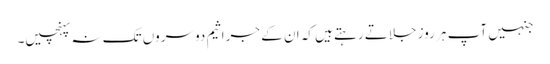
جنہیں آپ ہر روز جلاتے رہتے ہیں کہ ان کے جراثیم دوسروں تک نہ پہنچیں۔